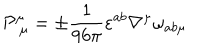
\mathcal { P } _ { \ \mu } ^ { \mu } = \pm \frac { 1 } { 9 6 \pi } \varepsilon ^ { a b } \nabla ^ { \mu } \omega _ { a b \mu }